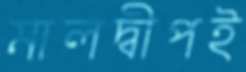
মালদ্বীপই